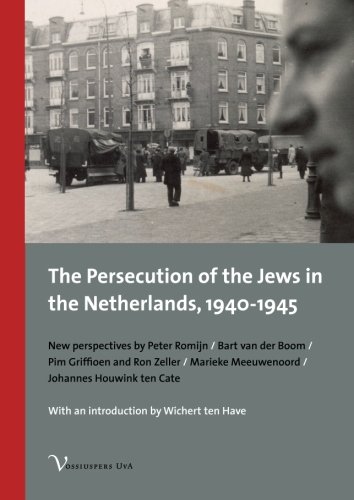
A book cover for The Persecution of the Jews in the Netherlands, 1940-1945; History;